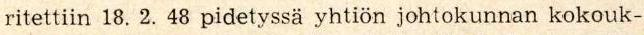
ritettiin 18. 2. 48 pidetyssä yhtiön johtokunnan kokouk-